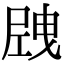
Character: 𡲝